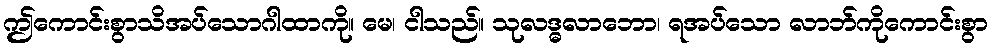
ဤကောင်းစွာသိအပ်သောဂါထာကို။ မေ၊ ငါသည်။ သုလဒ္ဓလာဘော၊ ရအပ်သော လာဘ်ကိုကောင်းစွာ